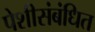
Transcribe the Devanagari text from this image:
पेशीसंबंधित